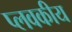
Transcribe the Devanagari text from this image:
प्लवकीय